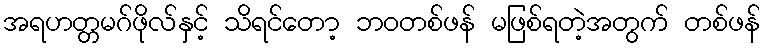
အရဟတ္တမဂ်ဖိုလ်နှင့် သိရင်တော့ ဘဝတစ်ဖန် မဖြစ်ရတဲ့အတွက် တစ်ဖန်